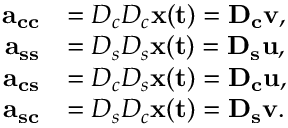
\begin{array} { r l } { \bf { a } _ { c c } } & { = D _ { c } D _ { c } \bf { x } ( t ) = D _ { c } { \bf v } , } \\ { \bf { a } _ { s s } } & { = D _ { s } D _ { s } \bf { x } ( t ) = D _ { s } { \bf u } , } \\ { \bf { a } _ { c s } } & { = D _ { c } D _ { s } \bf { x } ( t ) = D _ { c } { \bf u } , } \\ { \bf { a } _ { s c } } & { = D _ { s } D _ { c } \bf { x } ( t ) = D _ { s } { \bf v } . } \end{array}